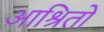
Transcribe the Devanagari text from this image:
आश्रितो